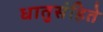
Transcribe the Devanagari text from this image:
धातुसंहिते